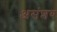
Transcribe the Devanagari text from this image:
असंशय